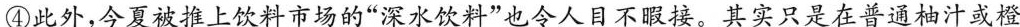
④此外，今夏被推上饮料市场的”深水饮料”也令人目不暇接。其实只是在普通柚汁或橙